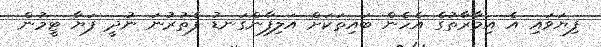
ފިޔަވައި އެ އިމާރާތުގެ އެހެން ބައިތަކަށް އަލިފާންގަނޑު ފެތުރުނަ ނުދީ ފަޔާ ޓީމުން